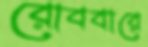
রোববারে